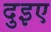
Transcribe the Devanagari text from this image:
दुइए